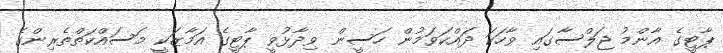
ޕާޓީގެ އާންމު ޖަލްސާގައި ވާހަކަ ދައްކަވަމުން ހަސީން ވިދާޅުވީ ޕާޓީގެ އަމާޒަކީ މަސައްކަތްތެރިންގެ